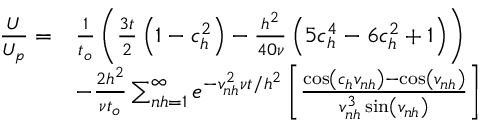
\begin{array} { r l } { \frac { U } { U _ { p } } = } & { \frac { 1 } { t _ { o } } \left( \frac { 3 t } { 2 } \left( 1 - c _ { h } ^ { 2 } \right) - \frac { h ^ { 2 } } { 4 0 \nu } \left( 5 c _ { h } ^ { 4 } - 6 c _ { h } ^ { 2 } + 1 \right) \right) } \\ & { - \frac { 2 h ^ { 2 } } { \nu t _ { o } } \sum _ { n h = 1 } ^ { \infty } e ^ { - v _ { n h } ^ { 2 } \nu t / h ^ { 2 } } \left[ \frac { \cos \left( c _ { h } v _ { n h } \right) - \cos \left( v _ { n h } \right) } { v _ { n h } ^ { 3 } \sin \left( v _ { n h } \right) } \right] } \end{array}